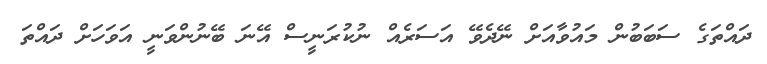
ދައްތަގެ ސަބަބުން މައުވާއަށް ނޭދެވޭ އަސަރެއް ނުކުރަނީސް އޭނަ ބޭނުންވަނީ އަވަހަށް ދައްތަ